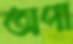
অপা